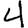
Digit: 4